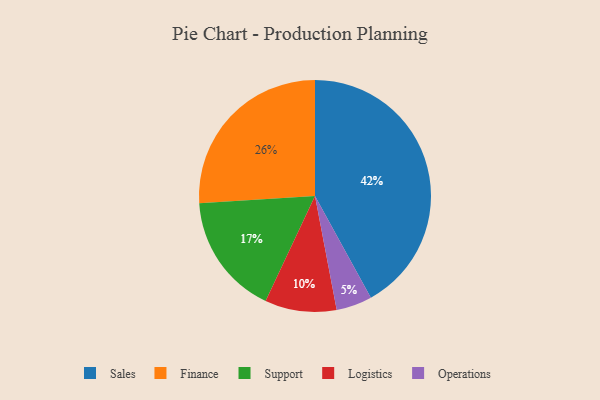
{"axis": {"x": "Category", "y": "Percentage"}, "legend": ["Finance", "Logistics", "Operations", "Sales", "Support"], "data": [{"x": "Operations", "y": 5, "type": "Operations"}, {"x": "Finance", "y": 26, "type": "Finance"}, {"x": "Sales", "y": 42, "type": "Sales"}, {"x": "Logistics", "y": 10, "type": "Logistics"}, {"x": "Support", "y": 17, "type": "Support"}]}